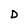
Character: D